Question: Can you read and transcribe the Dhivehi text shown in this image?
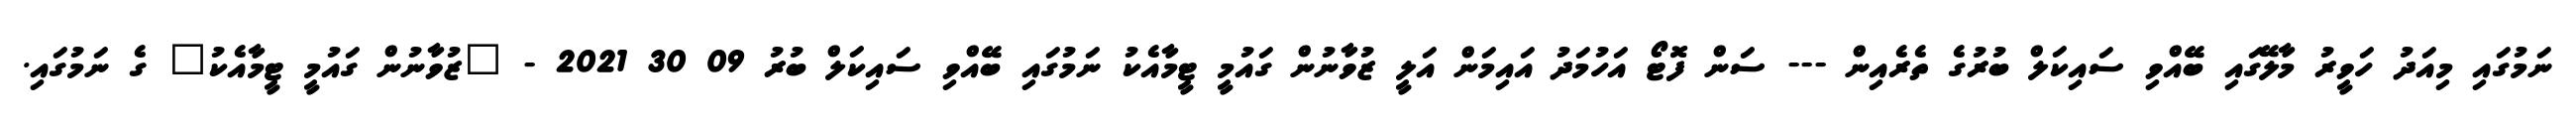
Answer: ނަމުގައި މިއަދު ހަވީރު މާލޭގައި ބޭއްވި ސައިކަލް ބުރުގެ ތެރެއިން --- ސަން ފޮޓޯ އަހުމަދު އައިމަން އަލީ ޒުވާނުން ގައުމީ ޓީމާއެކު ނަމުގައި ބޭއްވި ސައިކަލް ބުރު 09 30 2021 - "ޒުވާނުން ގައުމީ ޓީމާއެކު" ގެ ނަމުގައި.